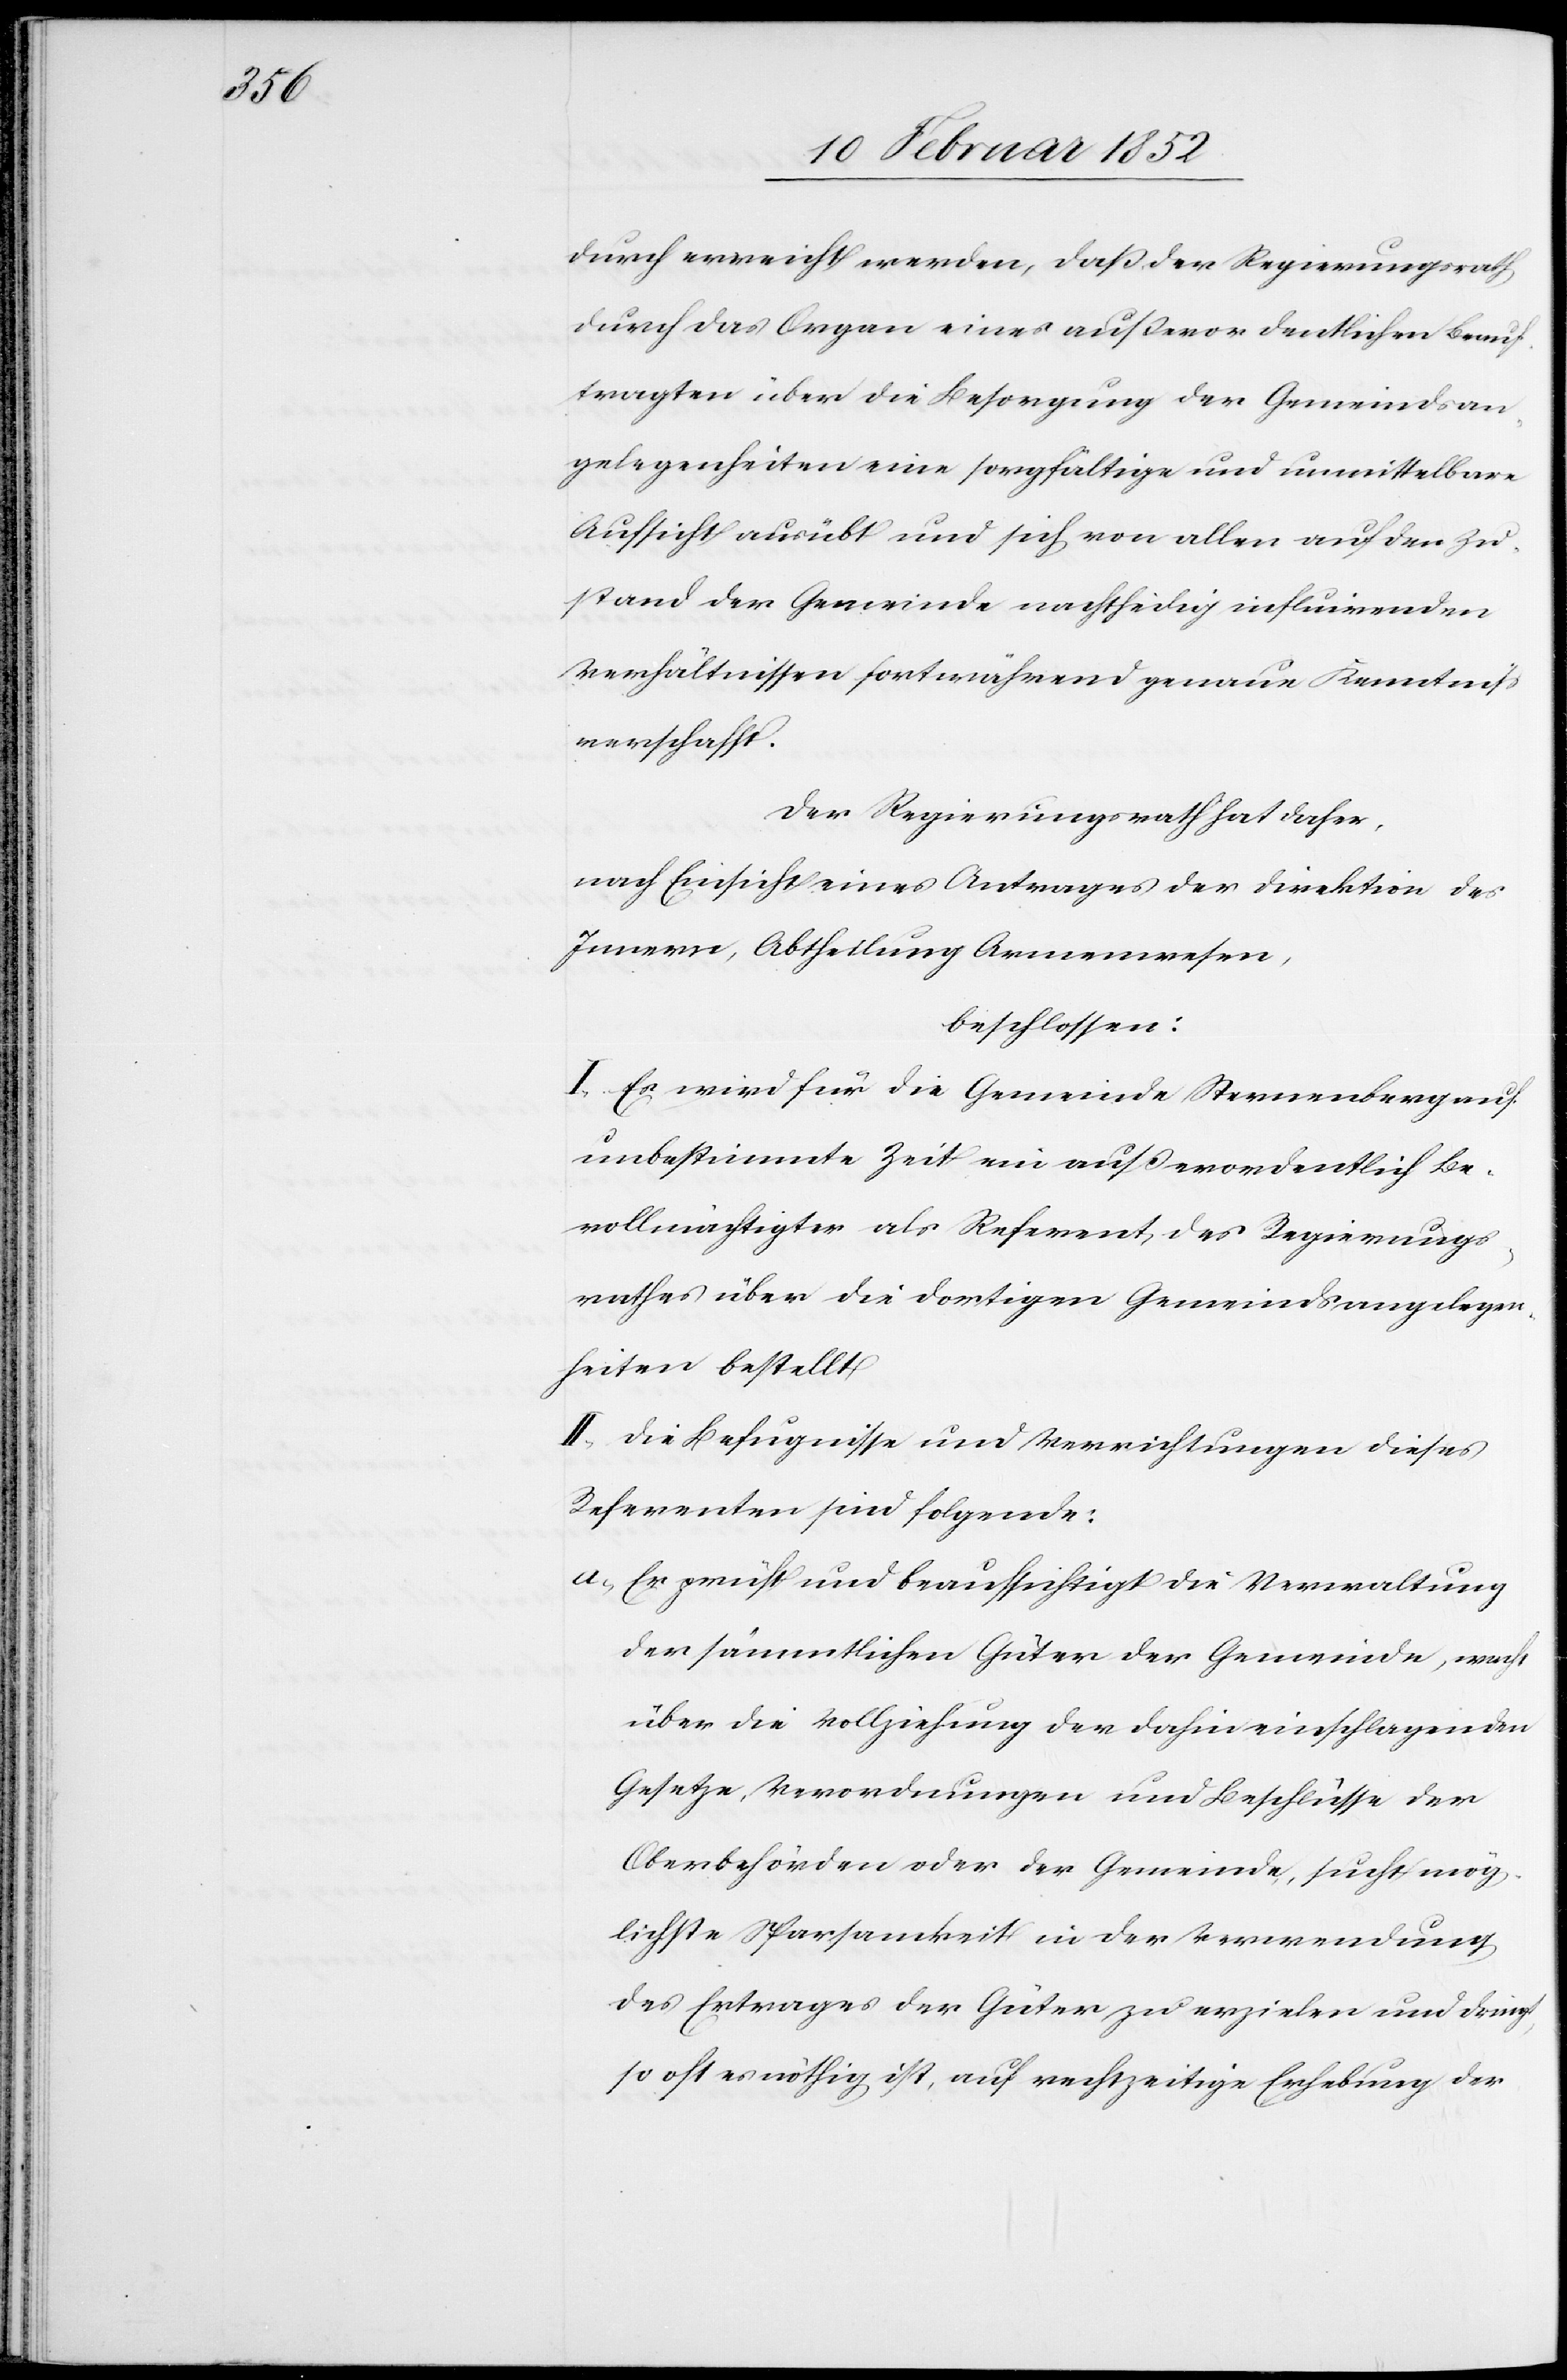
durch erreicht werden, daß der Regierungsrath
durch das Organ eines außerordentlichen Beauf¬
tragten über die Besorgung der Gemeindsan¬
gelegenheiten eine sorgfältige und unmittelbare
Aufsicht ausübt und sich von allen auf den Zu¬
stand der Gemeinde nachtheilig influirenden
Verhältnissen fortwährend genaue Kenntniß
verschafft.
Der Regierungsrath hat daher,
nach Einsicht eines Antrages der Direktion des
Innern, Abtheilung Armenwesen,
beschlossen:
I. Es wird für die Gemeinde Sternenberg auf
unbestimmte Zeit ein außerordentlich Be¬
vollmächtigter als Referent, des Regierungs¬
rathes über die dortigen Gemeindsangelegen¬
heiten bestellt.
II. Die Befugnisse und Verrichtungen dieses
Referenten sind folgende:
a.) Er prüft und beaufsichtigt die Verwaltung
der sämmtlichen Gütern der Gemeinde, wacht
über die Vollziehung der dahin einschlagenden
Gesetze, Verordnungen und Beschlüsse der
Oberbehörden oder der Gemeinde, sucht mög¬
lichste Sparsamkeit in der Verwendung
des Ertrages der Güter zu erzielen und dringt
so oft es nöthig ist, auf rechtzeitige Erhebung der